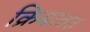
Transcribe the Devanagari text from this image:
क्रियावंत